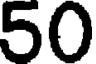
50